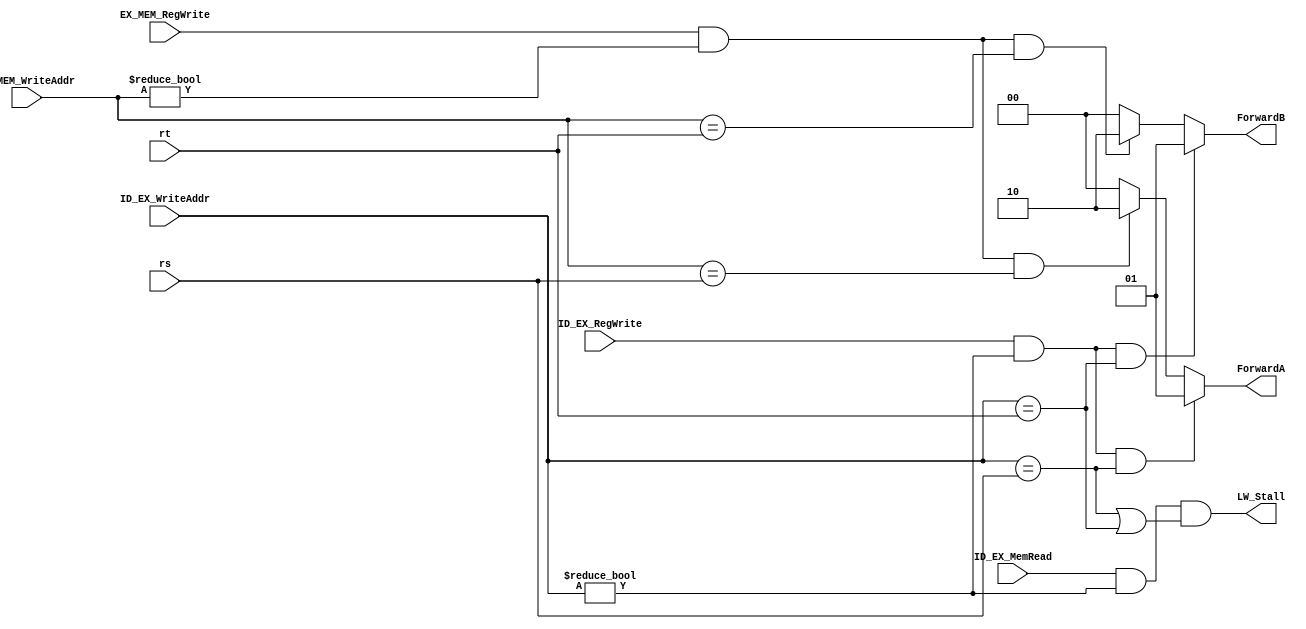
`timescale 1ns / 1ps
//////////////////////////////////////////////////////////////////////////////////
// Company: Tsinghua University
// 
// Design Name: PipelineCPU
// Module Name: DataHazard
// Project Name: PipelineCPU
// Target Devices: xc7a35tcpg236-1
// Tool Versions: Vivado 2017.3
// Description: Data hazard unit
// 
// Dependencies: None
// 
// Revision: None
// Revision 0.01 - File Created
// Additional Comments: None
// 
//////////////////////////////////////////////////////////////////////////////////


module DataHazard
(
    input wire ID_EX_RegWrite,
    input wire [4:0] ID_EX_WriteAddr,
    input wire EX_MEM_RegWrite,
    input wire [4:0] EX_MEM_WriteAddr,
    input wire [4:0] rs,
    input wire [4:0] rt,
    input wire ID_EX_MemRead,

    output wire [1:0] ForwardA,     // 00: no hazard, 01: 1-step, 10: 2_step
    output wire [1:0] ForwardB,
    output wire LW_Stall
);

assign ForwardA =
                (ID_EX_RegWrite && ID_EX_WriteAddr != 0 && ID_EX_WriteAddr == rs) ? 2'b01 :
                (EX_MEM_RegWrite && EX_MEM_WriteAddr != 0 && EX_MEM_WriteAddr == rs) ? 2'b10 :
                2'b00;

assign ForwardB =
                (ID_EX_RegWrite && ID_EX_WriteAddr != 0 && ID_EX_WriteAddr == rt) ? 2'b01 :
                (EX_MEM_RegWrite && EX_MEM_WriteAddr != 0 && EX_MEM_WriteAddr == rt) ? 2'b10 :
                2'b00;

assign LW_Stall =
                ID_EX_MemRead && (ID_EX_WriteAddr != 0) && (ID_EX_WriteAddr == rs || ID_EX_WriteAddr == rt);

endmodule